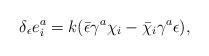
LaTeX: \begin{align*}\delta _\epsilon e^a_i =k(\bar \epsilon \gamma ^a \chi _i - \bar \chi _i \gamma ^a \epsilon), \end{align*}